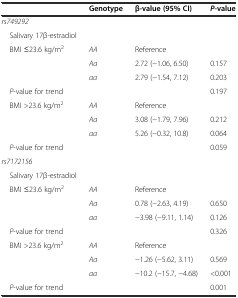
<table><thead><tr><td></td><td><b>Genotype</b></td><td><b>β-value (95% CI)</b></td><td><b><i>P</i> -value</b></td></tr></thead><tbody><tr><td><i>rs749292</i></td><td></td><td></td><td></td></tr><tr><td> Salivary 17β-estradiol</td><td></td><td></td><td></td></tr><tr><td> BMI ≤23.6 kg/m<sup>2</sup></td><td><i>AA</i></td><td>Reference</td><td></td></tr><tr><td></td><td><i>Aa</i></td><td>2.72 (−1.06, 6.50)</td><td>0.157</td></tr><tr><td></td><td><i>aa</i></td><td>2.79 (−1.54, 7.12)</td><td>0.203</td></tr><tr><td> <i>P</i>-value for trend</td><td></td><td></td><td>0.197</td></tr><tr><td> BMI &gt;23.6 kg/m<sup>2</sup></td><td><i>AA</i></td><td>Reference</td><td></td></tr><tr><td></td><td><i>Aa</i></td><td>3.08 (−1.79, 7.96)</td><td>0.212</td></tr><tr><td></td><td><i>aa</i></td><td>5.26 (−0.32, 10.8)</td><td>0.064</td></tr><tr><td> <i>P</i>-value for trend</td><td></td><td></td><td>0.059</td></tr><tr><td><i>rs7172156</i></td><td></td><td></td><td></td></tr><tr><td> Salivary 17β-estradiol</td><td></td><td></td><td></td></tr><tr><td> BMI ≤23.6 kg/m<sup>2</sup></td><td><i>AA</i></td><td>Reference</td><td></td></tr><tr><td></td><td><i>Aa</i></td><td>0.78 (−2.63, 4.19)</td><td>0.650</td></tr><tr><td></td><td><i>aa</i></td><td>−3.98 (−9.11, 1.14)</td><td>0.126</td></tr><tr><td> <i>P</i>-value for trend</td><td></td><td></td><td>0.326</td></tr><tr><td> BMI &gt;23.6 kg/m<sup>2</sup></td><td><i>AA</i></td><td>Reference</td><td></td></tr><tr><td></td><td><i>Aa</i></td><td>−1.26 (−5.62, 3.11)</td><td>0.569</td></tr><tr><td></td><td><i>aa</i></td><td>−10.2 (−15.7, −4.68)</td><td>&lt;0.001</td></tr><tr><td> <i>P</i>-value for trend</td><td></td><td></td><td>0.001</td></tr></tbody></table>